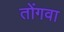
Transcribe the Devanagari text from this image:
तोंगवा